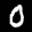
Label: 0